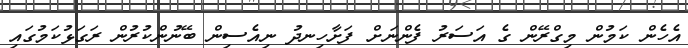
އެހެން ކަމުން މިގްރޭން ގެ އަސަރު ފެންނަށް ފަށާހިނދު ނިއެސިން ބޭނުންކުރުން ރަގަޅުކަމުގައި